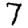
Digit: 7